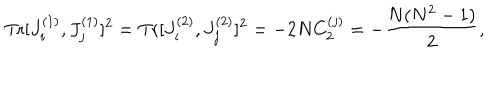
\mathrm { T r } [ J _ { i } ^ { ( 1 ) } , J _ { j } ^ { ( 1 ) } ] ^ { 2 } = \mathrm { T r } [ J _ { i } ^ { ( 2 ) } , J _ { j } ^ { ( 2 ) } ] ^ { 2 } = - 2 N C _ { 2 } ^ { ( j ) } = - \frac { N ( N ^ { 2 } - 1 ) } { 2 } ,